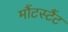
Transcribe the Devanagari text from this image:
मौंटस्टैंट